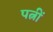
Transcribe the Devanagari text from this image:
पत्नीं